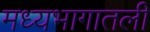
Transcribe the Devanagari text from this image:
मध्यभागातली